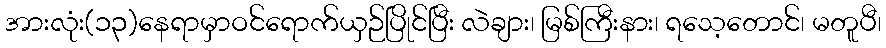
အားလုံး(၁၃)နေရာမှာဝင်ရောက်ယှဉ်ပြိုင်ပြီး လဲချား၊ မြစ်ကြီးနား၊ ရသေ့တောင်၊ မတူပီ၊